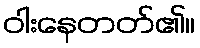
ဝါးနေတတ်၏။